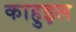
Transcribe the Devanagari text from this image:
काहुइल